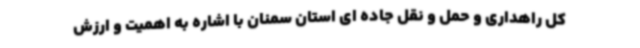
کل راهداری و حمل و نقل جاده ای استان سمنان با اشاره به اهمیت و ارزش